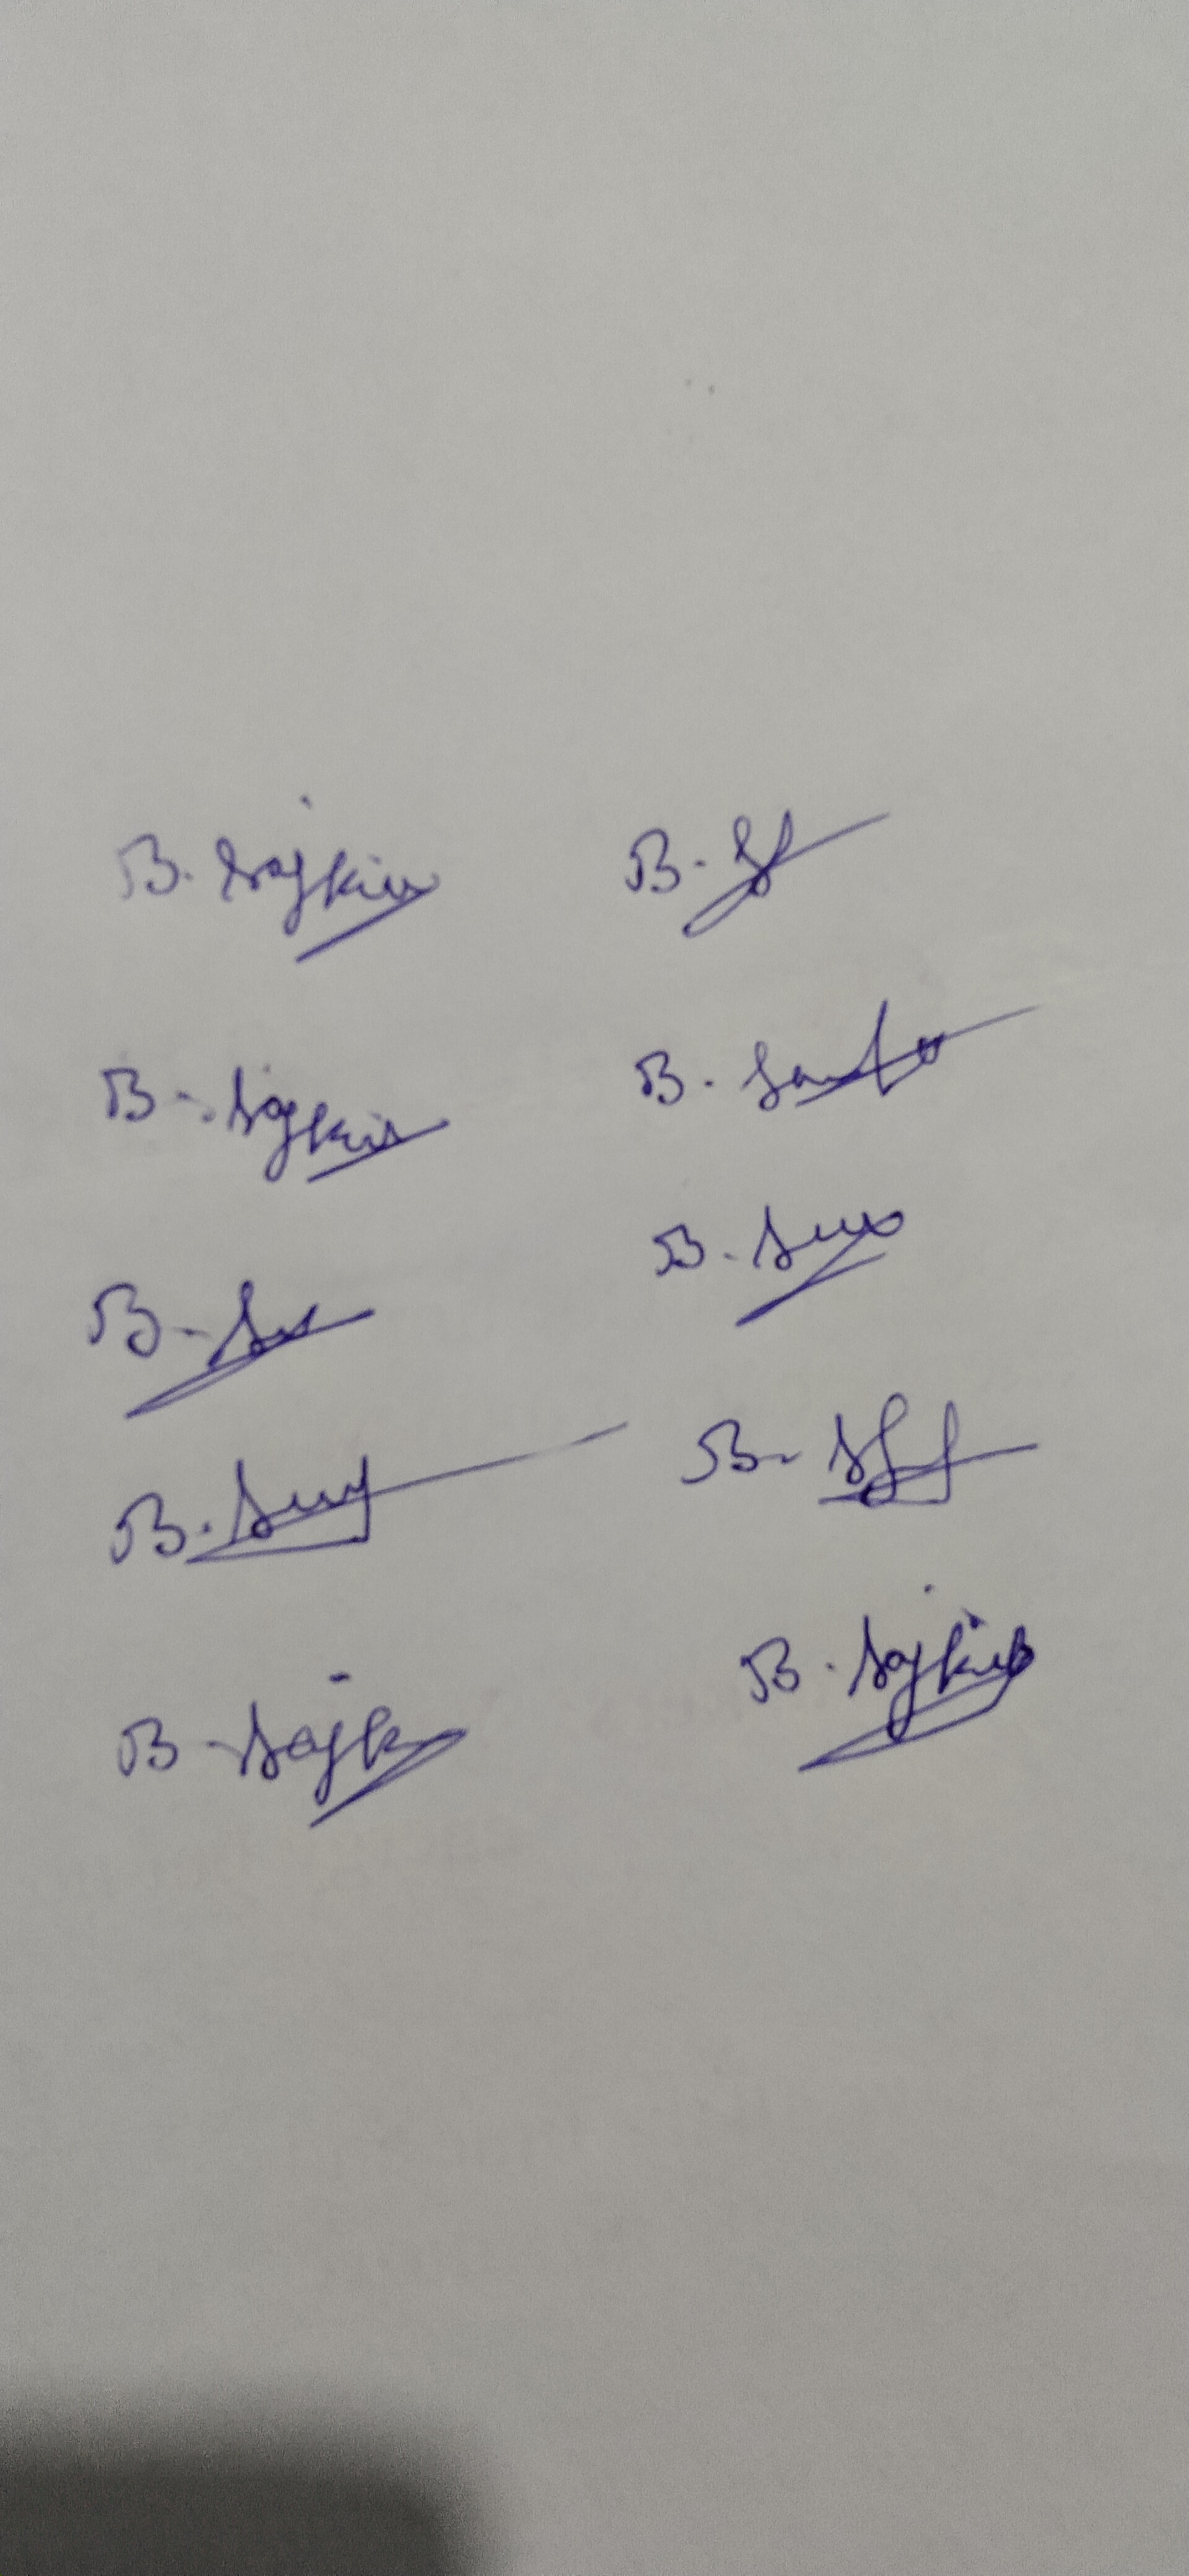
Signature authenticity: genuine